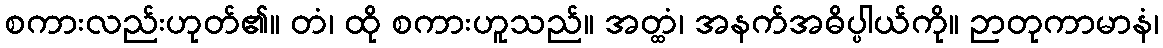
စကားလည်းဟုတ်၏။ တံ၊ ထို စကားဟူသည်။ အတ္ထံ၊ အနက်အဓိပ္ပါယ်ကို။ ဉာတုကာမာနံ၊